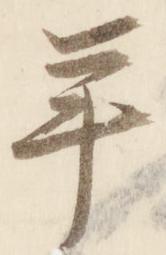
年